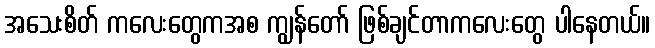
အသေးစိတ် ကလေးတွေကအစ ကျွန်တော် ဖြစ်ချင်တာကလေးတွေ ပါနေတယ်။